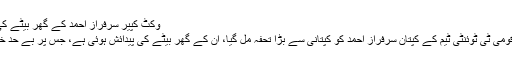
وکٹ کپیر سرفراز احمد کے گھر بیٹے کی پیدائش
کراچی: قومی ٹی ٹوئنٹی ٹیم کے کپتان سرفراز احمد کو کپتانی سے بڑا تحفہ مل گیا، اُن کے گھر بیٹے کی پیدائش ہوئی ہے، جس پر بے حد خوش ہیں۔